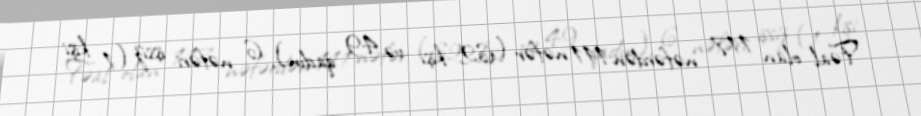
Fəal olan 117 nəfərdən 111 nəfər (62 kişi və 49 qadın), 6 nəfəri işsiz (1 kişi